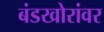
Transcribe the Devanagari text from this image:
बंडखोरांवर